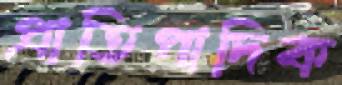
প্রাতিপাদিক